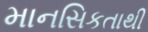
માનસિકતાથી